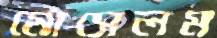
মোসেলম